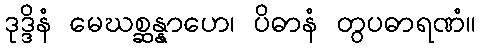
ဒုဒ္ဒိနံ မေဃစ္ဆန္နာဟေ၊ ပိဓာနံ တွပဓာရဏံ။